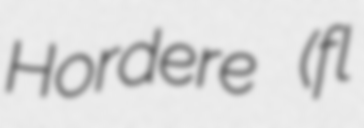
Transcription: Hordere (fl